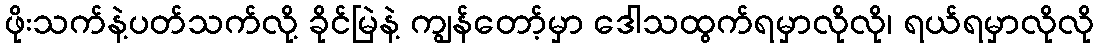
ဖိုးသက်နဲ့ပတ်သက်လို့ ခိုင်မြဲနဲ့ ကျွန်တော့်မှာ ဒေါသထွက်ရမှာလိုလို၊ ရယ်ရမှာလိုလို